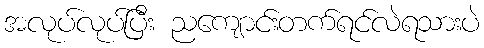
အလုပ်လုပ်ပြီး ညကျောင်းတက်ရင်လဲရသားပဲ